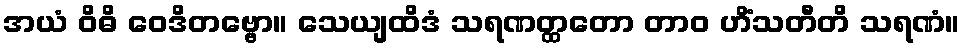
အယံ ဝိဓိ ဝေဒိတဗ္ဗော။ သေယျထိဒံ သရဏတ္ထတော တာဝ ဟိံသတီတိ သရဏံ။